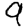
Digit: 9